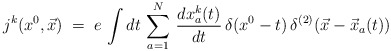
\begin{align*} j^k(x^0,{\vec x}) \;=\; e\, \int dt \, \sum_{a=1}^N \,\frac{dx^k_a(t)}{dt} \,\delta(x^0-t)\, \delta^{(2)}({\vec x}-{\vec x}_a (t))\end{align*}